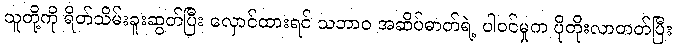
သူတို့ကို ရိတ်သိမ်းခူးဆွတ်ပြီး လှောင်ထားရင် သဘာဝ အဆိပ်ဓာတ်ရဲ့ ပါဝင်မှုက ပိုတိုးလာတတ်ပြီး